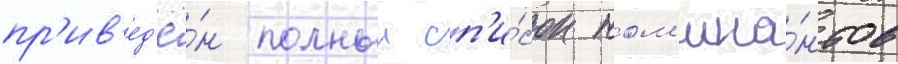
пр'ив'ед'ё́н полныи сп'и́сок ном'ина́нтов